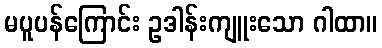
မပူပန်ကြောင်း ဥဒါန်းကျူးသော ဂါထာ။